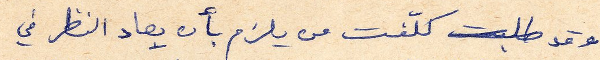
وقد طلبت كلّفت من يلزم بأن يعاد النظر في